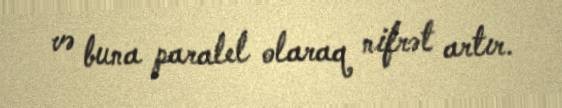
və buna paralel olaraq nifrət artır.